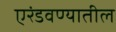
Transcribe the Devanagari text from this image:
एरंडवण्यातील